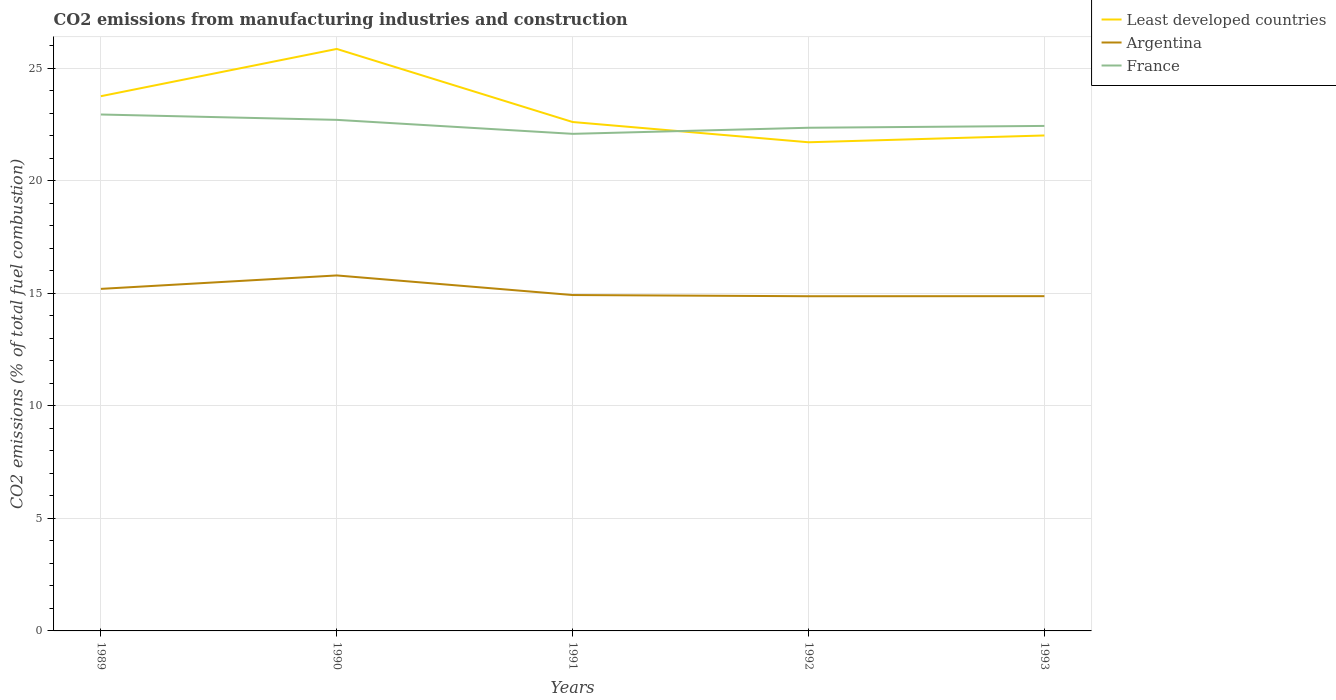
| Years | Least developed countries | Argentina | France |
 | --- | --- | --- | --- |
 | 1989 | 23.8 | 15.2 | 22.9 |
 | 1990 | 25.9 | 15.8 | 22.7 |
 | 1991 | 22.6 | 14.9 | 22.1 |
 | 1992 | 21.7 | 14.9 | 22.4 |
 | 1993 | 22 | 14.9 | 22.4 |